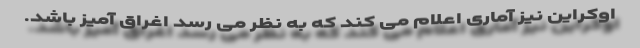
اوکراین نیز آماری اعلام می کند که به نظر می رسد اغراق آمیز باشد.